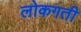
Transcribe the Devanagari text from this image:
लोकगती